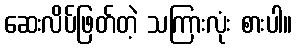
ဆေးလိပ်ဖြတ်တဲ့ သကြားလုံး စားပါ။